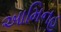
આમિનહ